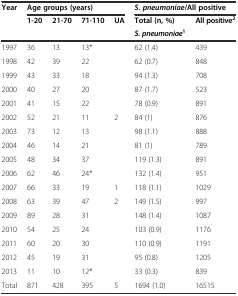
<table><thead><tr><td><b>Year</b></td><td colspan="4"><b>Age groups (years)</b></td><td colspan="2"><b><i>S. pneumoniae</i>/All positive</b></td></tr><tr><td></td><td><b>1-20</b></td><td><b>21-70</b></td><td><b>71-110</b></td><td><b>UA</b></td><td><b>Total (n, %)</b></td><td><b>All positive<sup>2</sup></b></td></tr><tr><td></td><td></td><td></td><td></td><td></td><td><b><i>S. pneumoniae</i><sup>1</sup></b></td><td></td></tr></thead><tbody><tr><td>1997</td><td>36</td><td>13</td><td>13*</td><td></td><td>62 (1.4)</td><td>439</td></tr><tr><td>1998</td><td>42</td><td>39</td><td>22</td><td></td><td>62 (0.7)</td><td>848</td></tr><tr><td>1999</td><td>43</td><td>33</td><td>18</td><td></td><td>94 (1.3)</td><td>708</td></tr><tr><td>2000</td><td>40</td><td>27</td><td>20</td><td></td><td>87 (1.7)</td><td>523</td></tr><tr><td>2001</td><td>41</td><td>15</td><td>22</td><td></td><td>78 (0.9)</td><td>891</td></tr><tr><td>2002</td><td>52</td><td>21</td><td>11</td><td>2</td><td>84 (1)</td><td>876</td></tr><tr><td>2003</td><td>73</td><td>12</td><td>13</td><td></td><td>98 (1.1)</td><td>888</td></tr><tr><td>2004</td><td>46</td><td>14</td><td>21</td><td></td><td>81 (1)</td><td>789</td></tr><tr><td>2005</td><td>48</td><td>34</td><td>37</td><td></td><td>119 (1.3)</td><td>891</td></tr><tr><td>2006</td><td>62</td><td>46</td><td>24*</td><td></td><td>132 (1.4)</td><td>951</td></tr><tr><td>2007</td><td>66</td><td>33</td><td>19</td><td>1</td><td>118 (1.1)</td><td>1029</td></tr><tr><td>2008</td><td>63</td><td>39</td><td>47</td><td>2</td><td>149 (1.5)</td><td>997</td></tr><tr><td>2009</td><td>89</td><td>28</td><td>31</td><td></td><td>148 (1.4)</td><td>1087</td></tr><tr><td>2010</td><td>54</td><td>25</td><td>24</td><td></td><td>103 (0.9)</td><td>1176</td></tr><tr><td>2011</td><td>60</td><td>20</td><td>30</td><td></td><td>110 (0.9)</td><td>1191</td></tr><tr><td>2012</td><td>45</td><td>19</td><td>31</td><td></td><td>95 (0.8)</td><td>1205</td></tr><tr><td>2013</td><td>11</td><td>10</td><td>12*</td><td></td><td>33 (0.3)</td><td>839</td></tr><tr><td>Total</td><td>871</td><td>428</td><td>395</td><td>5</td><td>1694 (1.0)</td><td>16515</td></tr></tbody></table>